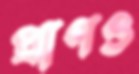
প্রাণও